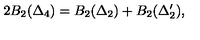
2 B _ { 2 } ( \Delta _ { 4 } ) = B _ { 2 } ( \Delta _ { 2 } ) + B _ { 2 } ( \Delta _ { 2 } ^ { \prime } ) ,